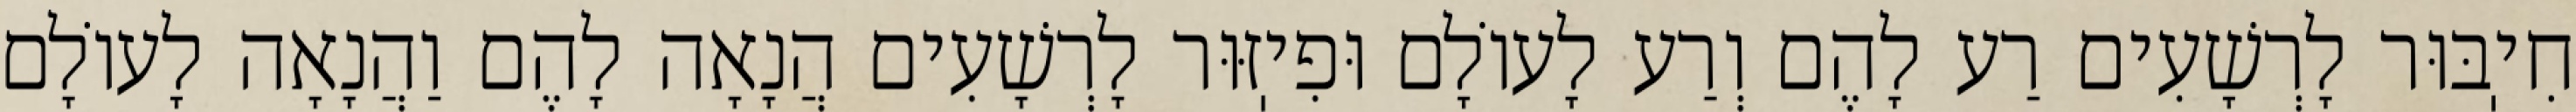
חִיֽבּוּר לָרְשָׁעִים רַע לָהֶם וְרַע לָעוֹלָם וּפִיֽזּוּר לָרְשָׁעִים הֲנָאָה לָהֶם וַהֲנָאָה לָעוֹלָם